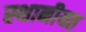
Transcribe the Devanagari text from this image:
स्थानीयत